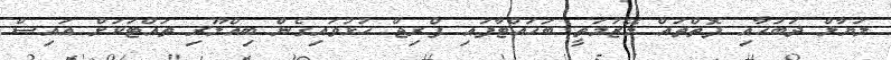
ލަޔާލް ދަބަހާއި ފޮތްތައް މޭޒުމަތީ ބަހައްޓާފައި ފްރިޖް ހުޅުވައިގެން ބިއްލޫރި ތައްޓަކަށް އައިސް